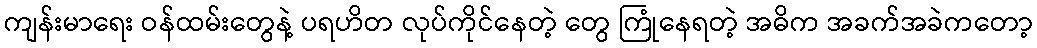
ကျန်းမာရေး ဝန်ထမ်းတွေနဲ့ ပရဟိတ လုပ်ကိုင်နေတဲ့ တွေ ကြုံနေရတဲ့ အဓိက အခက်အခဲကတော့